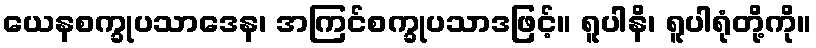
ယေနစက္ခုပသာဒေန၊ အကြင်စက္ခုပသာဒဖြင့်။ ရူပါနိ၊ ရူပါရုံတို့ကို။